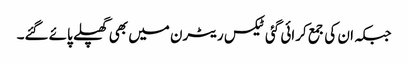
جبکہ ان کی جمع کرائی گئی ٹیکس ریٹرن میں بھی گھپلے پائے گئے۔